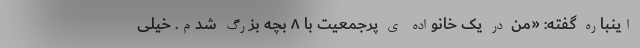
اینباره گفته: «من در یک خانواده ی پرجمعیت با ۸ بچه بزرگ شدم. خیلی